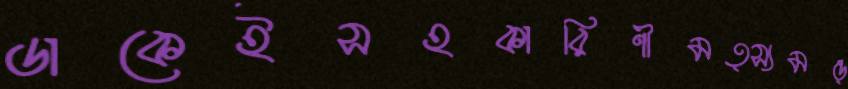
ডাকেইসহকারিণীমত্স্যমন্ত্